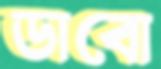
ডাবো